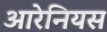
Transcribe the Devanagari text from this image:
आरेनियस